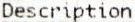
DESCRIPTION